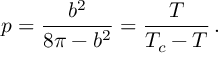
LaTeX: p = \frac { b ^ { 2 } } { 8 \pi - b ^ { 2 } } = \frac { T } { T _ { c } - T } \, .